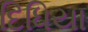
દિધિયા